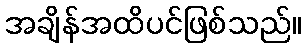
အချိန်အထိပင်ဖြစ်သည်။